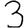
Digit: 3